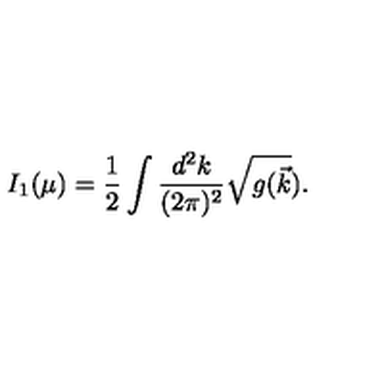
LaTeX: I _ { 1 } ( \mu ) = { \frac { 1 } { 2 } } \int \frac { d ^ { 2 } k } { ( 2 \pi ) ^ { 2 } } { \sqrt { g ( \vec { k } } ) } .